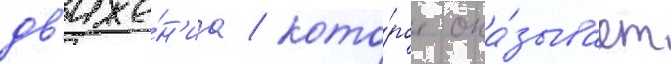
дв'иже́н'иа / кото́рое ока́зывает